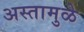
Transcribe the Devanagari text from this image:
अस्तामुळे